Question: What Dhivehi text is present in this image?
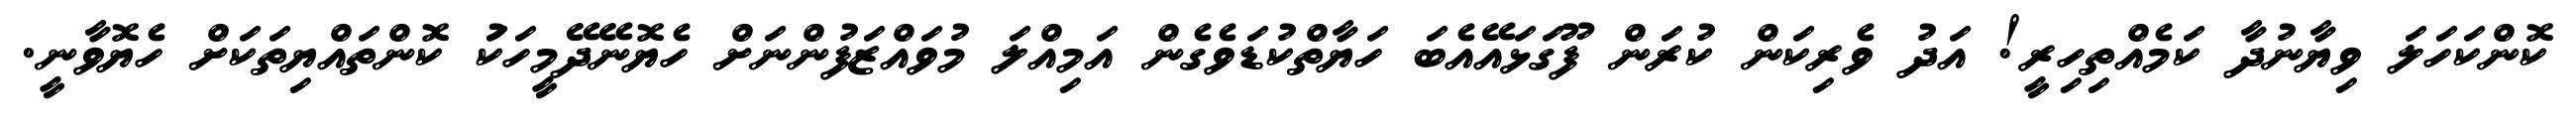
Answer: ކޮންކަހަލަ ވިޔާނުދާ ކަމެއްތިހިރީ! އަދު ވެރިކަން ކުރަން ފޫގަޅައޭއެބަ ހަޔާތްކުޑަވެގެން އަމިއްލަ މުވައްޒަފުންނަށް ހެޔޮނޭދޭމީހަކަު ކޮންތައްޔިތަކަށް ހެޔޮވާނީ.